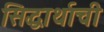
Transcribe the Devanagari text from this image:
सिद्धार्थाची